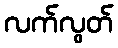
လက်လွတ်